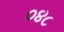
૦૪૮